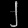
Digit: ၂